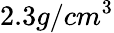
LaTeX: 2.3g/cm^{3}